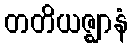
တတိယဇ္ဈာနံ